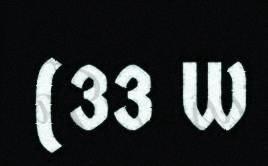
(33 W